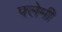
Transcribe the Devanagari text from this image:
फ्लेमी